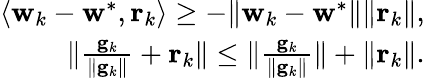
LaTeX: \begin{array}{r}{\langle\mathbf w_{k}-\mathbf w^{*},\mathbf r_{k}\rangle\geq-\| \mathbf w_{k}-\mathbf w^{*}\| \| \mathbf r_{k}\| ,}\\ {\| \frac{\mathbf g_{k}}{\| \mathbf g_{k}\| }+\mathbf r_{k}\| \leq\| \frac{\mathbf g_{k}}{\| \mathbf g_{k}\| }\| +\| \mathbf r_{k}\| .}\end{array}